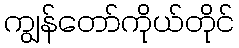
ကျွန်တော်ကိုယ်တိုင်